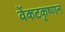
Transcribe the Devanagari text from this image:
वेंकटकृष्णन